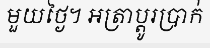
មួយថ្ងៃ។ អត្រាប្តូរប្រាក់